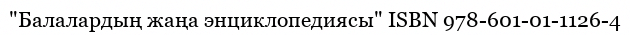
"Балалардың жаңа энциклопедиясы" ISBN 978-601-01-1126-4